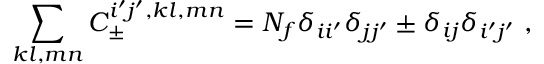
\sum _ { k l , m n } C _ { \pm } ^ { i ^ { \prime } j ^ { \prime } , k l , m n } = N _ { f } \delta _ { i i ^ { \prime } } \delta _ { j j ^ { \prime } } \pm \delta _ { i j } \delta _ { i ^ { \prime } j ^ { \prime } } \ ,